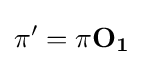
\mathbf {\pi '} =\mathbf {\pi } \mathbf {O_{1}}